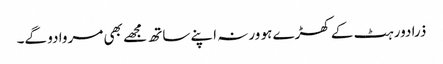
ذرا دور ہٹ کے کھڑے ہو ورنہ اپنے ساتھ مجھے بھی مروا دو گے۔